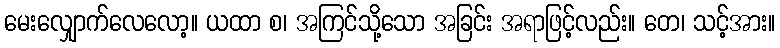
မေးလျှောက်လေလော့။ ယထာ စ၊ အကြင်သို့သော အခြင်း အရာဖြင့်လည်း။ တေ၊ သင့်အား။